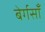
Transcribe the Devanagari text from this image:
बेर्गसाँ